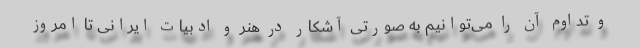
و تداوم آن را می‌توانیم به صورتی آشکار در هنر و ادبیات ایرانی تا امروز